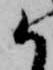
か